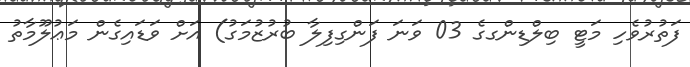
ފަތުރުވެހި މަޓީ ބިލްޑިންގގެ 03 ވަނަ ފަންގިފިލާ ބުރުޒުމަގު) އަށް ވަޑައިގެން މަޢުލޫމާތު